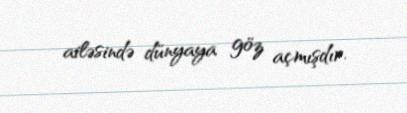
ailəsində dünyaya göz açmışdır.